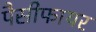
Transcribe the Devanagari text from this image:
पैसीफायर